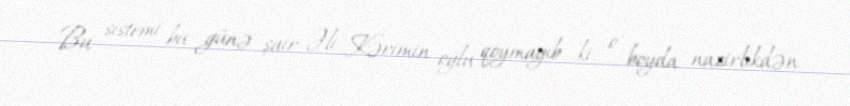
Bu sistemi bu günə şair Əli Kərimin oğlu qoymayıb ki, o boyda nazirlikdən